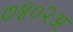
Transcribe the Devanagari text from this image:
७४०२अ